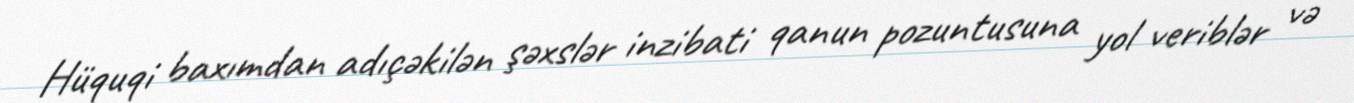
Hüquqi baxımdan adıçəkilən şəxslər inzibati qanun pozuntusuna yol veriblər və